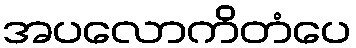
အပလောကိတံပေ